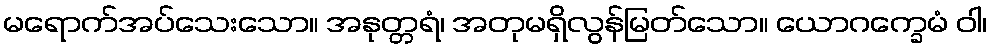
မရောက်အပ်သေးသော။ အနုတ္တရံ၊ အတုမရှိလွန်မြတ်သော။ ယောဂက္ခေမံ ဝါ၊